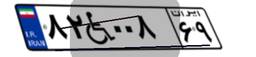
۸۲W۰۰۸۶۹